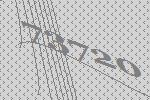
73720